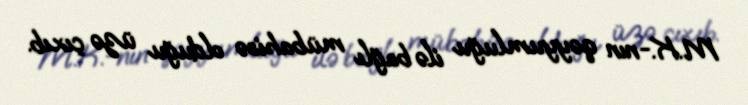
M.K.-nın qəyyumluğu ilə bağlı mübahisə olduğu üzə çıxıb.